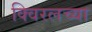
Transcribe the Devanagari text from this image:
क्विरलच्या